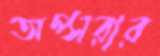
অপ্সরার